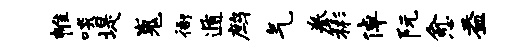
帷啖堤嵬衙遁鹧气拳彬倬阮愈益